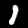
Label: 1